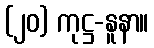
(၂၀) ကုဋ္ဌ-နူနာ။